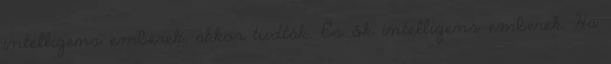
intelligens emberek, akkor tudták. És ők intelligens emberek. Ha